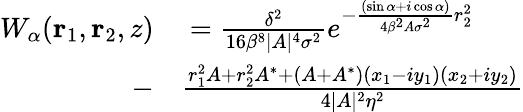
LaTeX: \begin{array}{rl}{W_{\alpha}(\textbf{r}_{1},\textbf{r}_{2},z)}&{{}=\frac{\delta^{2}}{16\beta^{8}\lvert A\rvert^{4}\sigma^{2}}e^{-\frac{(\sin{\alpha}+i\cos{\alpha})}{4\beta^{2}A\sigma^{2}}r_{2}^{2}}}\\ {-}&{{}\frac{r_{1}^{2}A+r_{2}^{2}A^{*}+(A+A^{*})(x_{1}-iy_{1})(x_{2}+iy_{2})}{4\lvert A\rvert^{2}\eta^{2}}}\end{array}